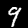
Digit: 9